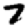
Digit: 7